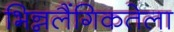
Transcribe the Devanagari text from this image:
भिन्नलैंगिकतेला